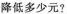
降低多少元?